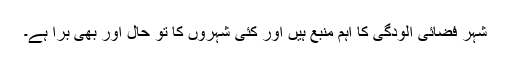
شہر فضائی آلودگی کا اہم منبع ہیں اور کئی شہروں کا تو حال اور بھی برا ہے۔